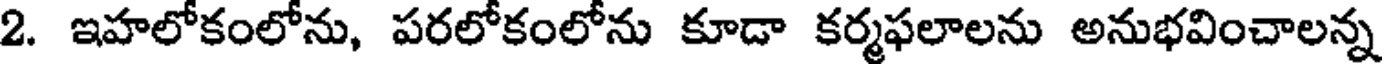
2. ఇహలోకంలోను, పరలోకంలోను కూడా కర్మఫలాలను అనుభవించాలన్న